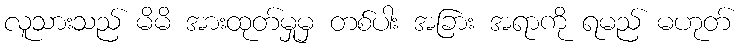
လူသားသည် မိမိ အားထုတ်မှုမှ တစ်ပါး အခြား အရာကို ရမည် မဟုတ်